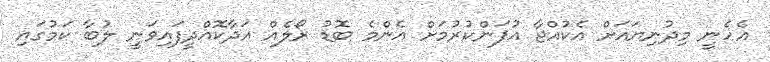
އެހެނީ މިދުނިޔައަށް އެކުއްޖާ އުފަންކުރުމަށް އެންމެ ބޮޑު ރޯލެއް އަދާކޮއްދީފައިވަނީ ލުބާ ކަމުގައި